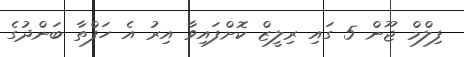
ފިލްމް ޖޫން 5 ގައި ރިލީޒް ކޮށްފައިވާ އިރު އެ ހަފްތާ ބަންދުގެ